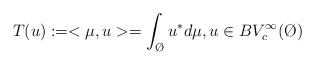
\begin{align*} T(u):= <\mu,u>=\int_{\O}u^* d\mu, u \in BV_c^\infty(\O)\end{align*}